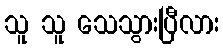
သူ သူ သေသွားပြီလား